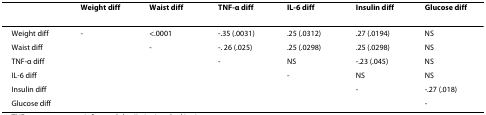
<table><thead><tr><td></td><td><b>Weight diff</b></td><td><b>Waist diff</b></td><td><b>TNF-α diff</b></td><td><b>IL-6 diff</b></td><td><b>Insulin diff</b></td><td><b>Glucose diff</b></td></tr></thead><tbody><tr><td>Weight diff</td><td>-</td><td>&lt;.0001</td><td>-.35 (.0031)</td><td>.25 (.0312)</td><td>.27 (.0194)</td><td>NS</td></tr><tr><td>Waist diff</td><td></td><td>-</td><td>-. 26 (.025)</td><td>.25 (.0298)</td><td>.25 (.0298)</td><td>NS</td></tr><tr><td>TNF-α diff</td><td></td><td></td><td>-</td><td>NS</td><td>-.23 (.045)</td><td>NS</td></tr><tr><td>IL-6 diff</td><td></td><td></td><td></td><td>-</td><td>NS</td><td>NS</td></tr><tr><td>Insulin diff</td><td></td><td></td><td></td><td></td><td>-</td><td>-.27 (.018)</td></tr><tr><td>Glucose diff</td><td></td><td></td><td></td><td></td><td></td><td>-</td></tr></tbody></table>